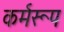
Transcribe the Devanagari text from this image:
कर्मरूप